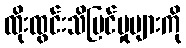
ထိုးထွင်းသိမြင်မှုများကို